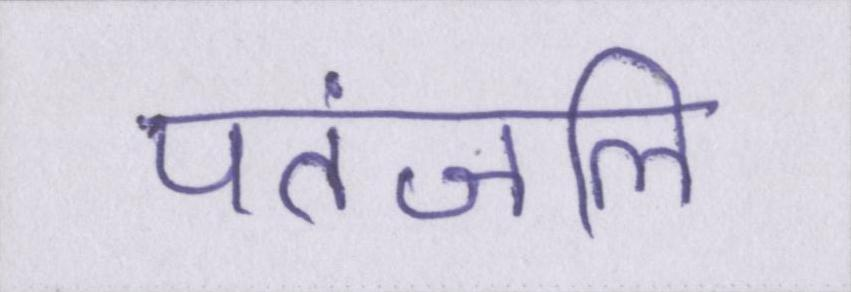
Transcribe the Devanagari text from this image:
पतंजलि